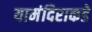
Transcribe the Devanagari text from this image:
यामंदिराकडे